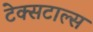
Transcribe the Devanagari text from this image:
टेक्सटाल्स